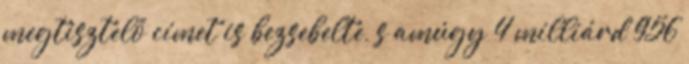
megtisztelő címet is bezsebelte, s amúgy 4 milliárd 956